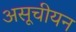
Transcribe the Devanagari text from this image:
असूचीयन